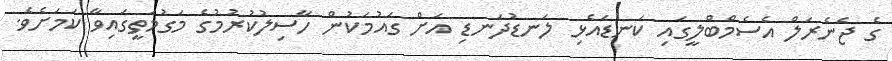
ގެ ޖެނެރަލް އެސެމްބްލީގައި ކަނޑައެޅި ލަނޑުދަނޑި އަށް ގައުމަކުން ހާސިލުކުރުމުގެ މަގުމަތީގައިވާ ކަމަށެވެ.